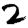
Digit: 2